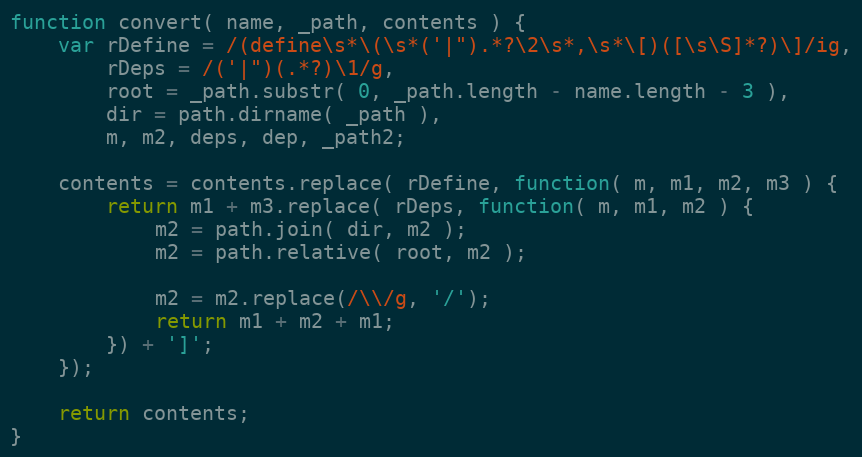
Language: JavaScript
function convert( name, _path, contents ) {
    var rDefine = /(define\s*\(\s*('|").*?\2\s*,\s*\[)([\s\S]*?)\]/ig,
        rDeps = /('|")(.*?)\1/g,
        root = _path.substr( 0, _path.length - name.length - 3 ),
        dir = path.dirname( _path ),
        m, m2, deps, dep, _path2;

    contents = contents.replace( rDefine, function( m, m1, m2, m3 ) {
        return m1 + m3.replace( rDeps, function( m, m1, m2 ) {
            m2 = path.join( dir, m2 );
            m2 = path.relative( root, m2 );

            m2 = m2.replace(/\\/g, '/');
            return m1 + m2 + m1;
        }) + ']';
    });

    return contents;
}